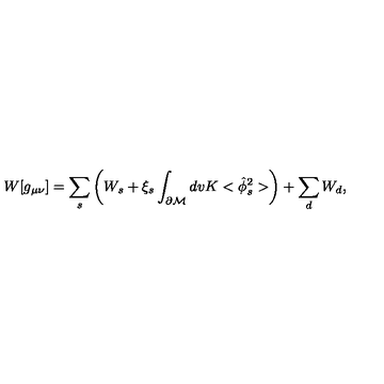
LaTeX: W [ g _ { \mu \nu } ] = \sum _ { s } \left( W _ { s } + \xi _ { s } \int _ { \partial { \cal M } } d v K < \hat { \phi } _ { s } ^ { 2 } > \right) + \sum _ { d } W _ { d } ,